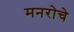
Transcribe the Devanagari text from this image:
मनरोचे